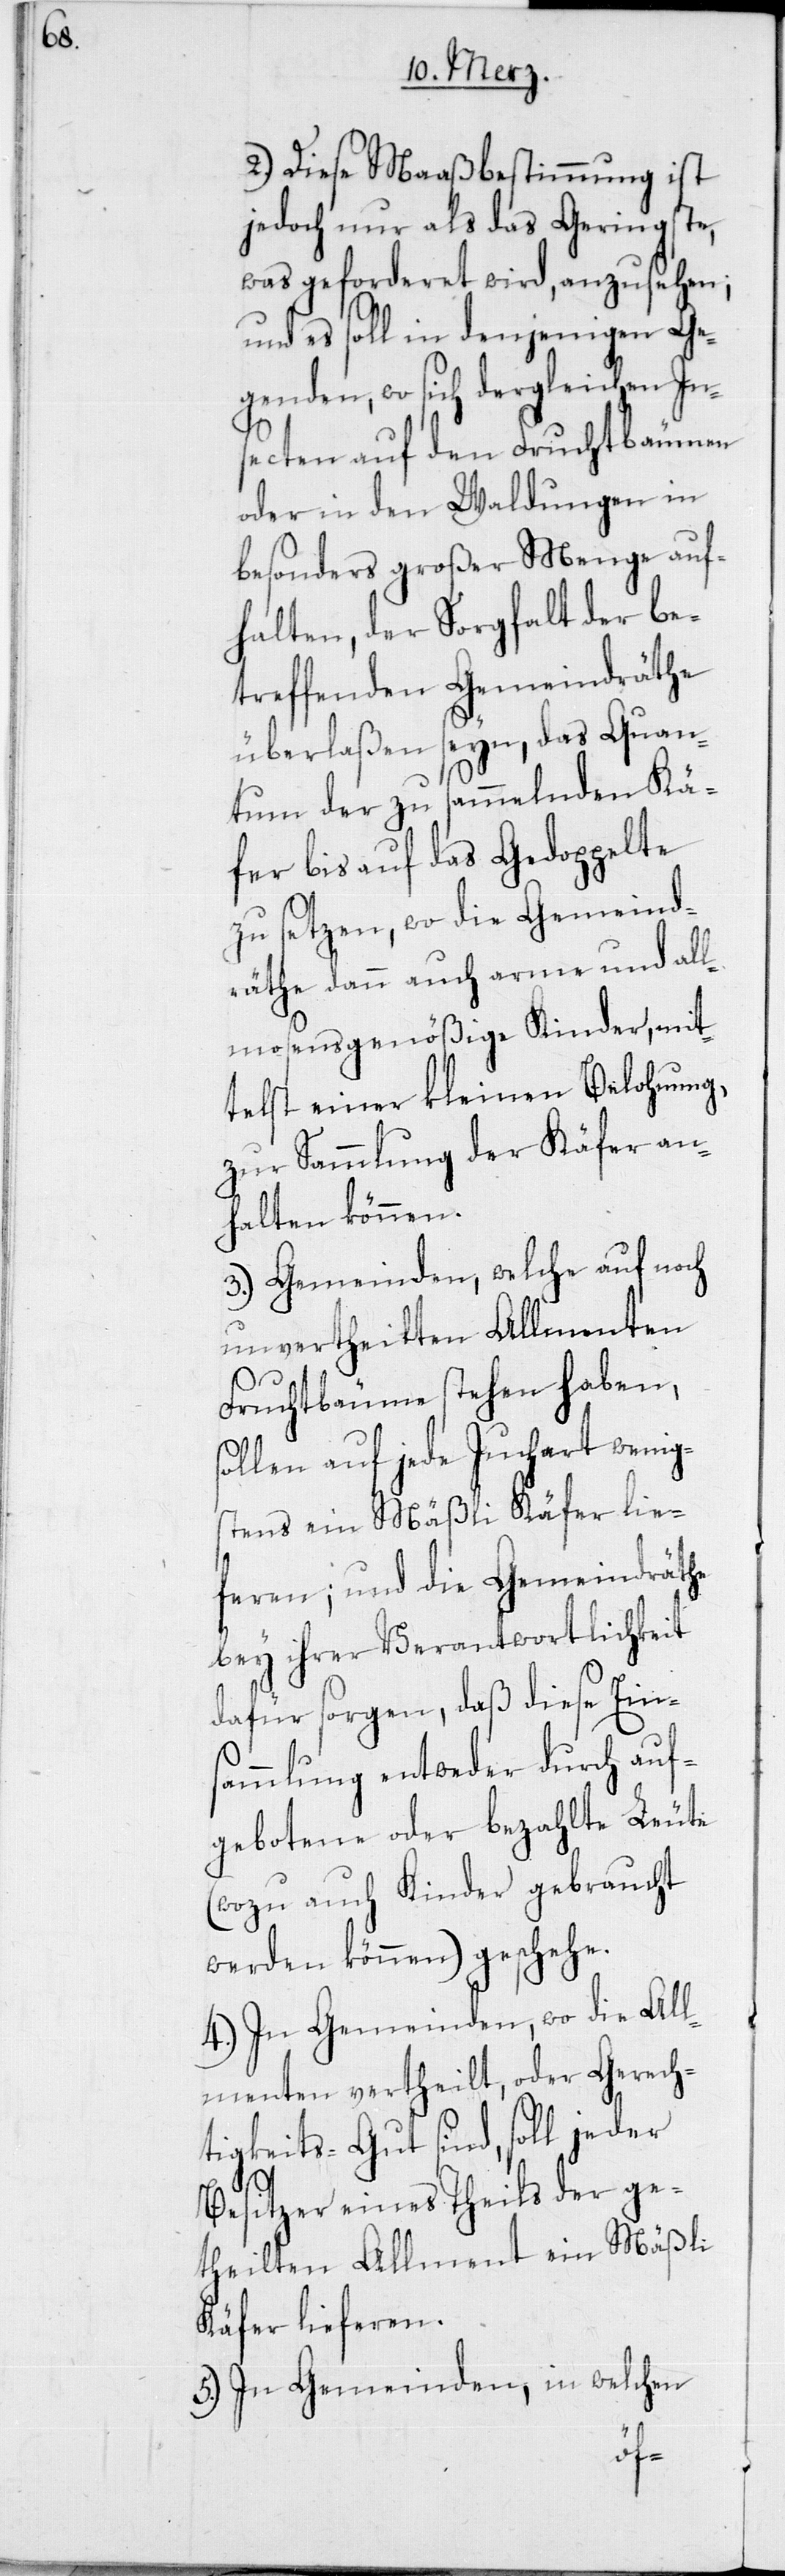
2.) Diese Maaßbestimmung ist
jedoch nur als das Geringste,
was geforderet wird, anzusehen;
und es soll in denjenigen Ge¬
genden, wo sich dergleichen In¬
secten auf den Fruchtbäumen
oder in den Waldungen in
besonders großer Menge auf¬
halten, der Sorgfalt der be¬
treffenden Gemeindräthe
überlaßen seyn, das Quan¬
tum der zu sammelnden Kä¬
fer bis auf das Gedoppelte
zu setzen, wo die Gemeind¬
räthe dann auch arme und al¬
mosensgenößige Kinder, mit¬
telst einer kleinen Belohnung,
zur Sammlung der Käfer an¬
halten können.
3.) Gemeinden, welche auf noch
unvertheilten Allmenten
Fruchtbäume stehen haben,
sollen auf jede Juchart wenig¬
stens ein Mäßli Käfer lie¬
feren; und die Gemeindräthe
bey ihrer Verantwortlichkeit
dafür sorgen, daß diese Eins¬
ammlung entweder durch auf¬
gebotene oder bezahlte Leute
(wozu auch Kinder gebraucht
werden können) geschehe.
4.) In Gemeinden, wo die All¬
menten vertheilt, oder Gerech¬
tigkeits-Gut sind, soll jeder
Besitzer eines Theils der ge¬
theilten Allment ein Mäßli
Käfer lieferen.
5.) In Gemeinden, in welchen